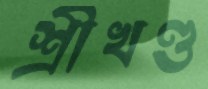
শ্রীখণ্ড